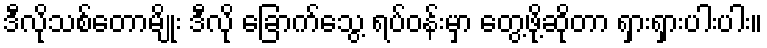
ဒီလိုသစ်တောမျိုး ဒီလို ခြောက်သွေ့ ရပ်ဝန်းမှာ တွေ့ဖို့ဆိုတာ ရှားရှားပါးပါး။